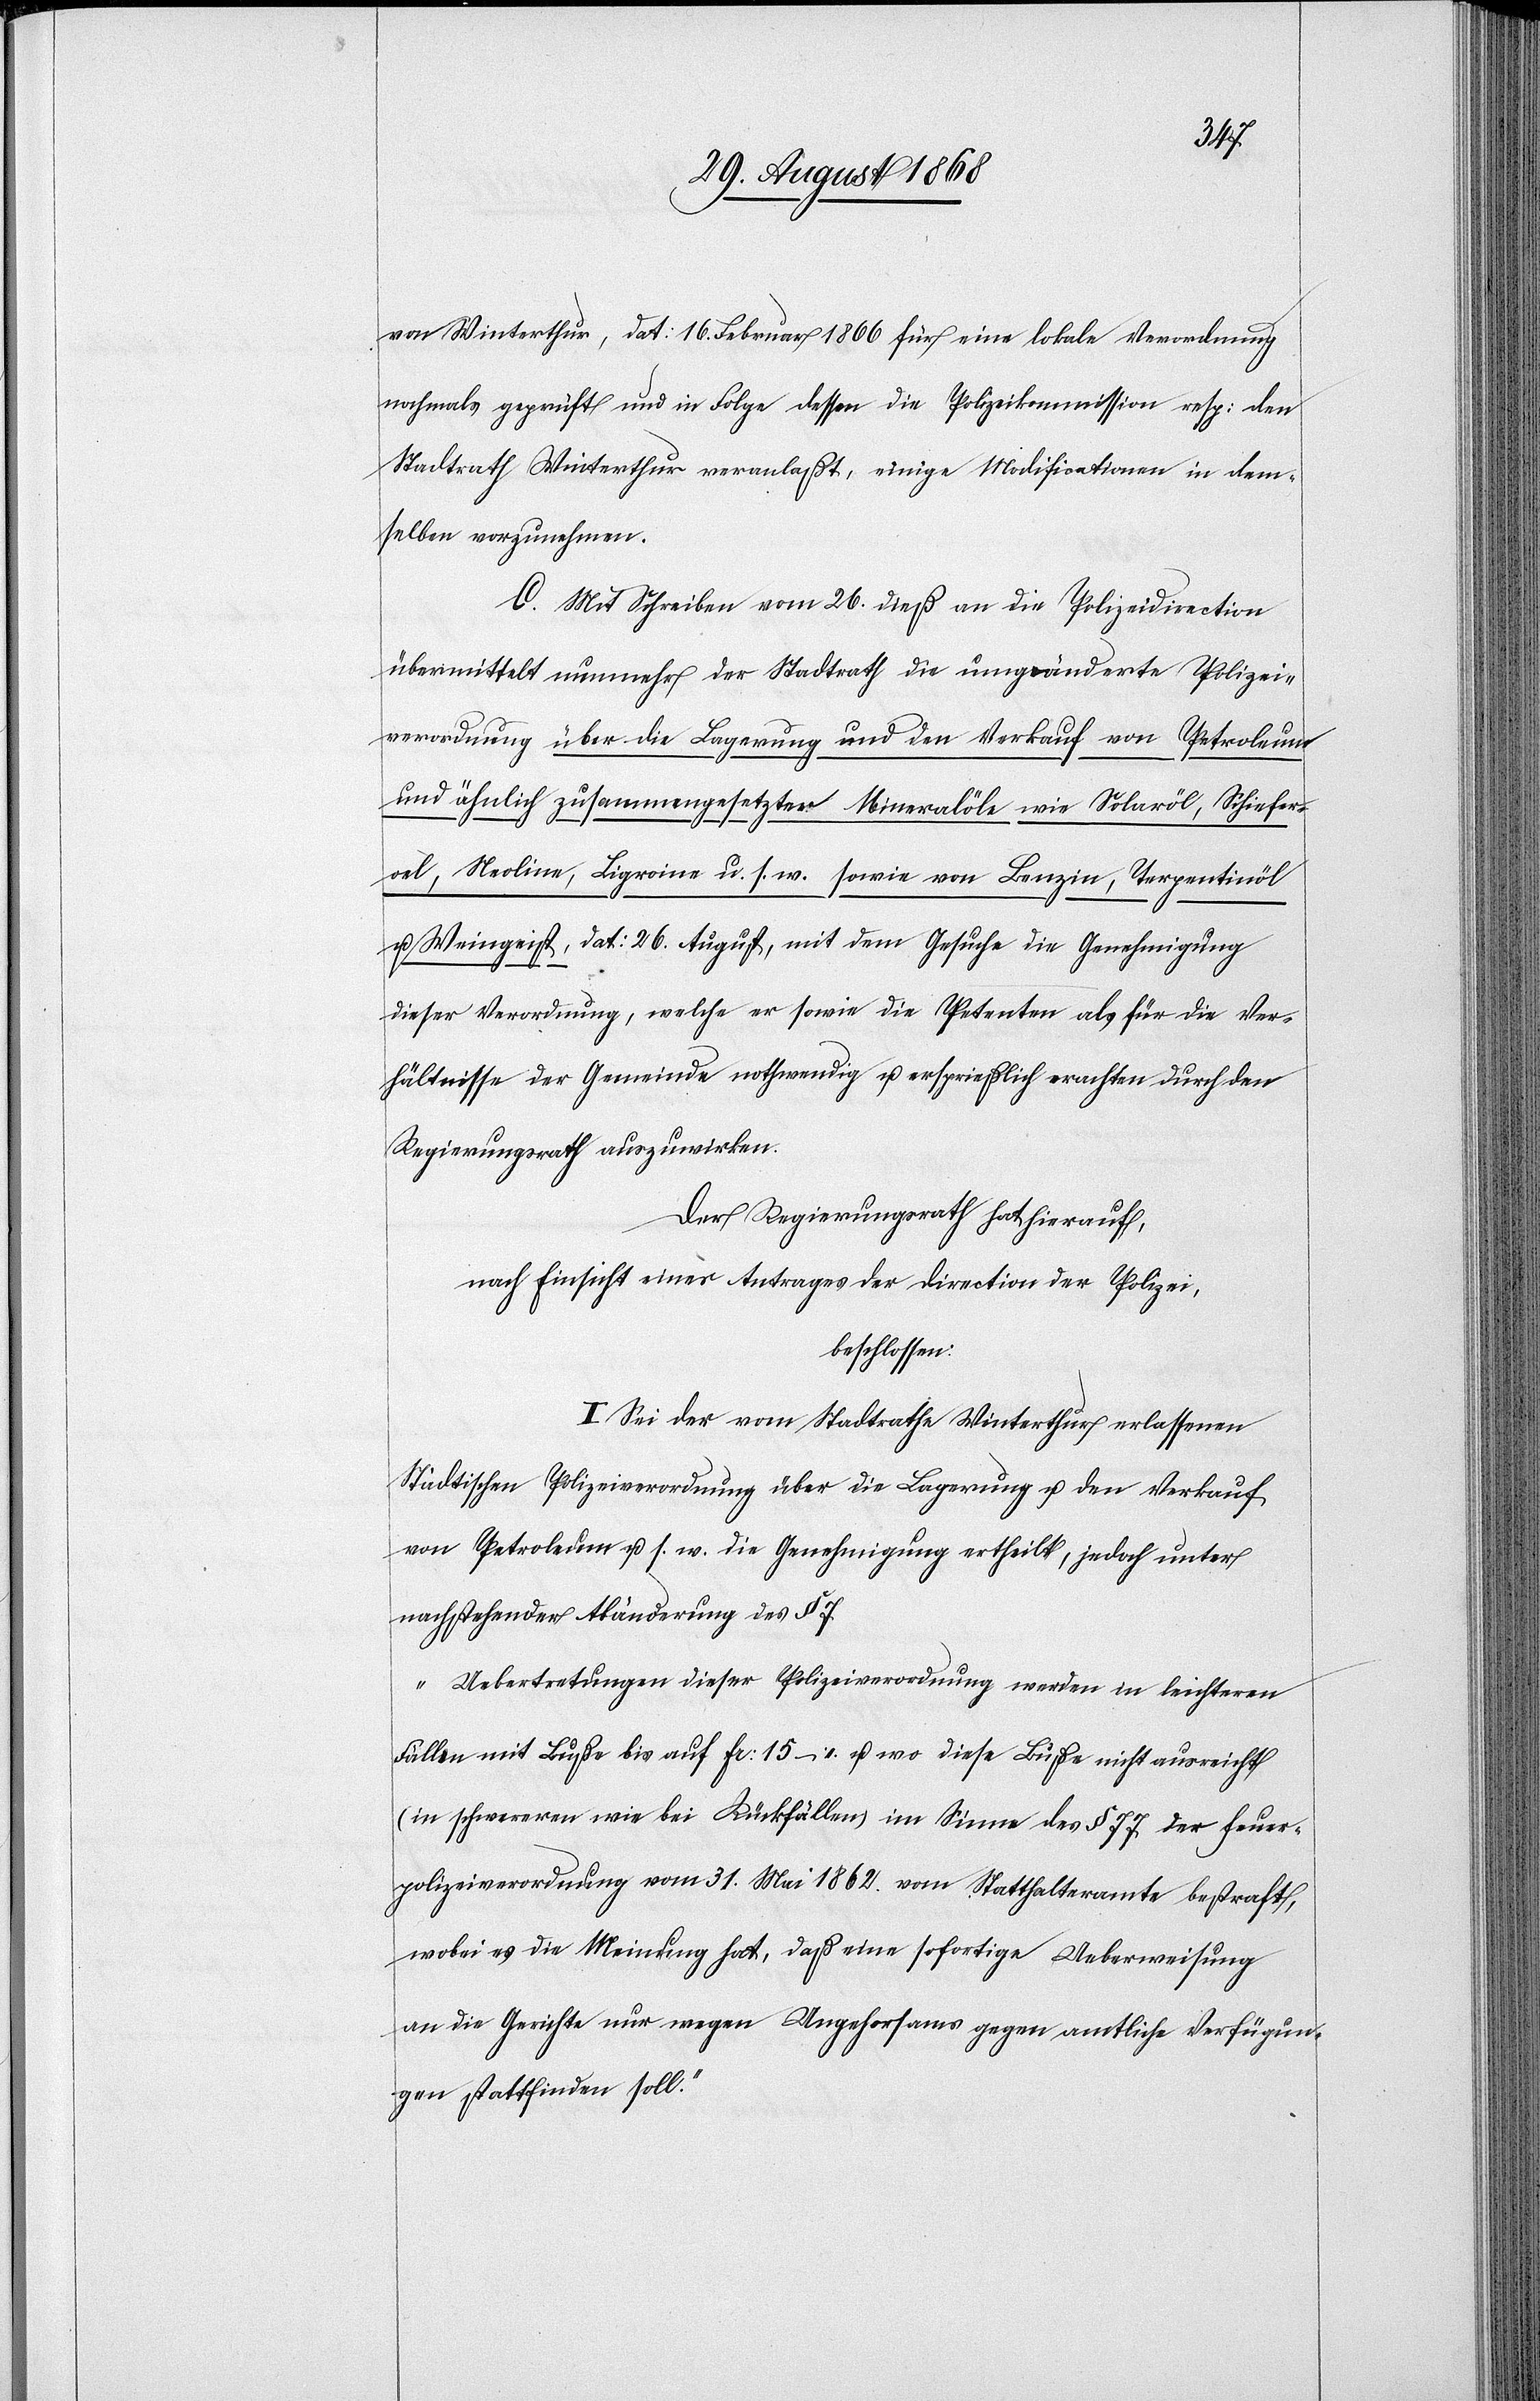
von Winterthur, dat: 16. Februar 1866 für eine lokale Verordnung
nochmals geprüft und in Folge dessen die Polizeikommission resp: den
Stadtrath Winterthur veranlaßt, einige Modificationen in dem¬
selben vorzunehmen.
C. Mit Schreiben vom 26. dieß an die Polizeidirection
übermittelt nunmehr der Stadtrath die umgeänderte Polizei¬
verordnung über die Lagerung und den Verkauf von Petroleum
und ähnlich zusammengesetzter Mineralöle wie Solaröl, Schiefer¬
oel, Neoline, Ligroine u. s. w. sowie von Benzin, Terpentinöl
u. Weingeist, dat: 26. August, mit dem Gesuche die Genehmigung
dieser Verordnung, welche er sowie die Petenten als für die Ver¬
hältnisse der Gemeinde nothwendig u. ersprießlich erachten durch den
Regierungsrath auszuwirken.
Der Regierungsrath hat hierauf,
nach Einsicht eines Antrages der Direction der Polizei,
beschlossen:
I. Sei der vom Stadtrathe Winterthur erlassenen
Städtischen Polizeiverordnung über die Lagerung u. den Verkauf
von Petroleum u. s. w. die Genehmigung ertheilt, jedoch unter
nachstehender Abänderung des § 7
„Uebertretungen dieser Polizeiverordnung werden in leichteren
Fällen mit Buße bis auf Fr: 15 – u. wo diese Buße nicht ausreicht
(in schwereren wie bei Rückfällen) im Sinne des § 77 der Feuer¬
polizeiverordnung vom 31. Mai 1862. vom Statthalteramte bestraft,
wobei es die Meinung hat, daß eine sofortige Ueberweisung
an die Gerichte nur wegen Ungehorsams gegen amtliche Verfügun¬
gen stattfinden soll.“